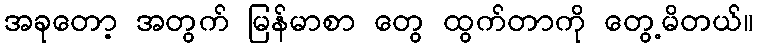
အခုတော့ အတွက် မြန်မာစာ တွေ ထွက်တာကို တွေ့မိတယ်။